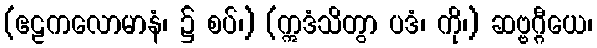
(ဧဠကလောမာနံ၊ ၌ စပ်၊) (ဣဒံသိတွာ ပဒံ၊ ကို၊) ဆဗ္ဗဂ္ဂီယေ၊